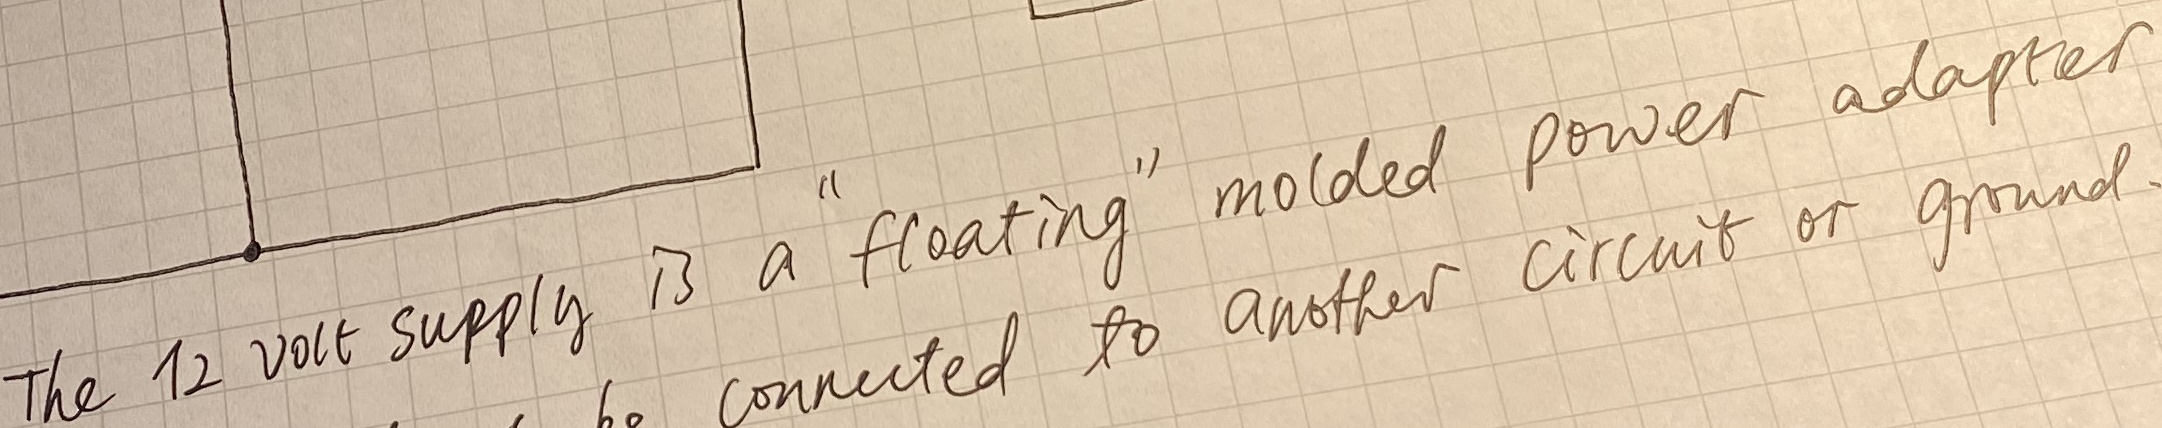
Text: The12 volt supply is a "floating" molded power adapter